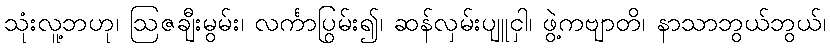
သုံးလူ့ဘဟု၊ ဩဇချီးမွမ်း၊ လင်္ကာပြွမ်း၍၊ ဆန်လှမ်းပျူငှါ၊ ဖွဲ့ကဗျာတိ၊ နာသာဘွယ်ဘွယ်၊